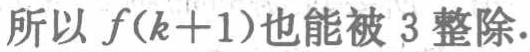
所以 \(f(k + 1)\)也能被 \(3\) 整除.